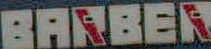
BARBER